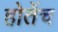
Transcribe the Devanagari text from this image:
होतेंच